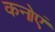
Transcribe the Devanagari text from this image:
कनोएं